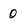
Character: 0